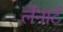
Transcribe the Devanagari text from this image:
लेंनार्ट